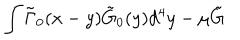
LaTeX: \int \tilde { \Gamma } _ { 0 } ( x - y ) \tilde { G } _ { 0 } ( y ) d ^ { 4 } y - \mu \tilde { G }